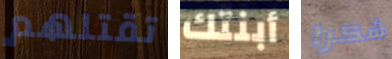
تقتلهم أبنتك شكرا